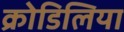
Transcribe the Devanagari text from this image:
क्रोडिलिया